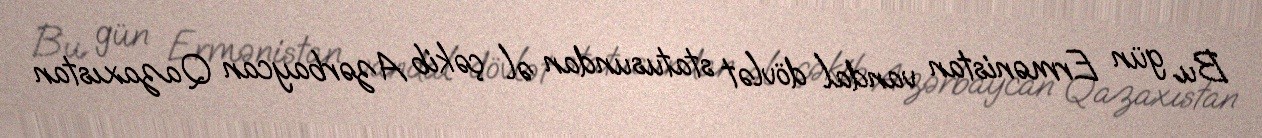
Bu gün Ermənistan vandal dövlət statusundan əl çəkib Azərbaycan Qazaxıstan